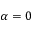
\alpha = 0